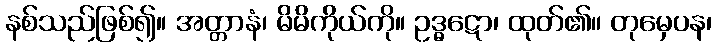
နစ်သည်ဖြစ်၍။ အတ္တာနံ၊ မိမိကိုယ်ကို။ ဥဒ္ဓဋော၊ ထုတ်၏။ တုမှေပန၊